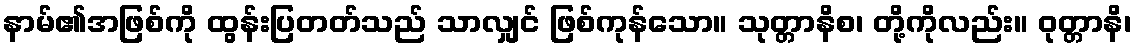
နာမ်၏အဖြစ်ကို ထွန်းပြတတ်သည် သာလျှင် ဖြစ်ကုန်သော။ သုတ္တာနိစ၊ တို့ကိုလည်း။ ဝုတ္တာနိ၊